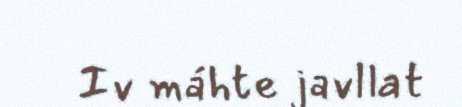
Iv máhte javllat